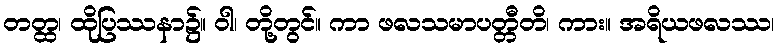
တတ္ထ၊ ထိုပြဿနာ၌။ ဝါ၊ တို့တွင်။ ကာ ဖလသမာပတ္တီတိ၊ ကား။ အရိယဖလဿ၊